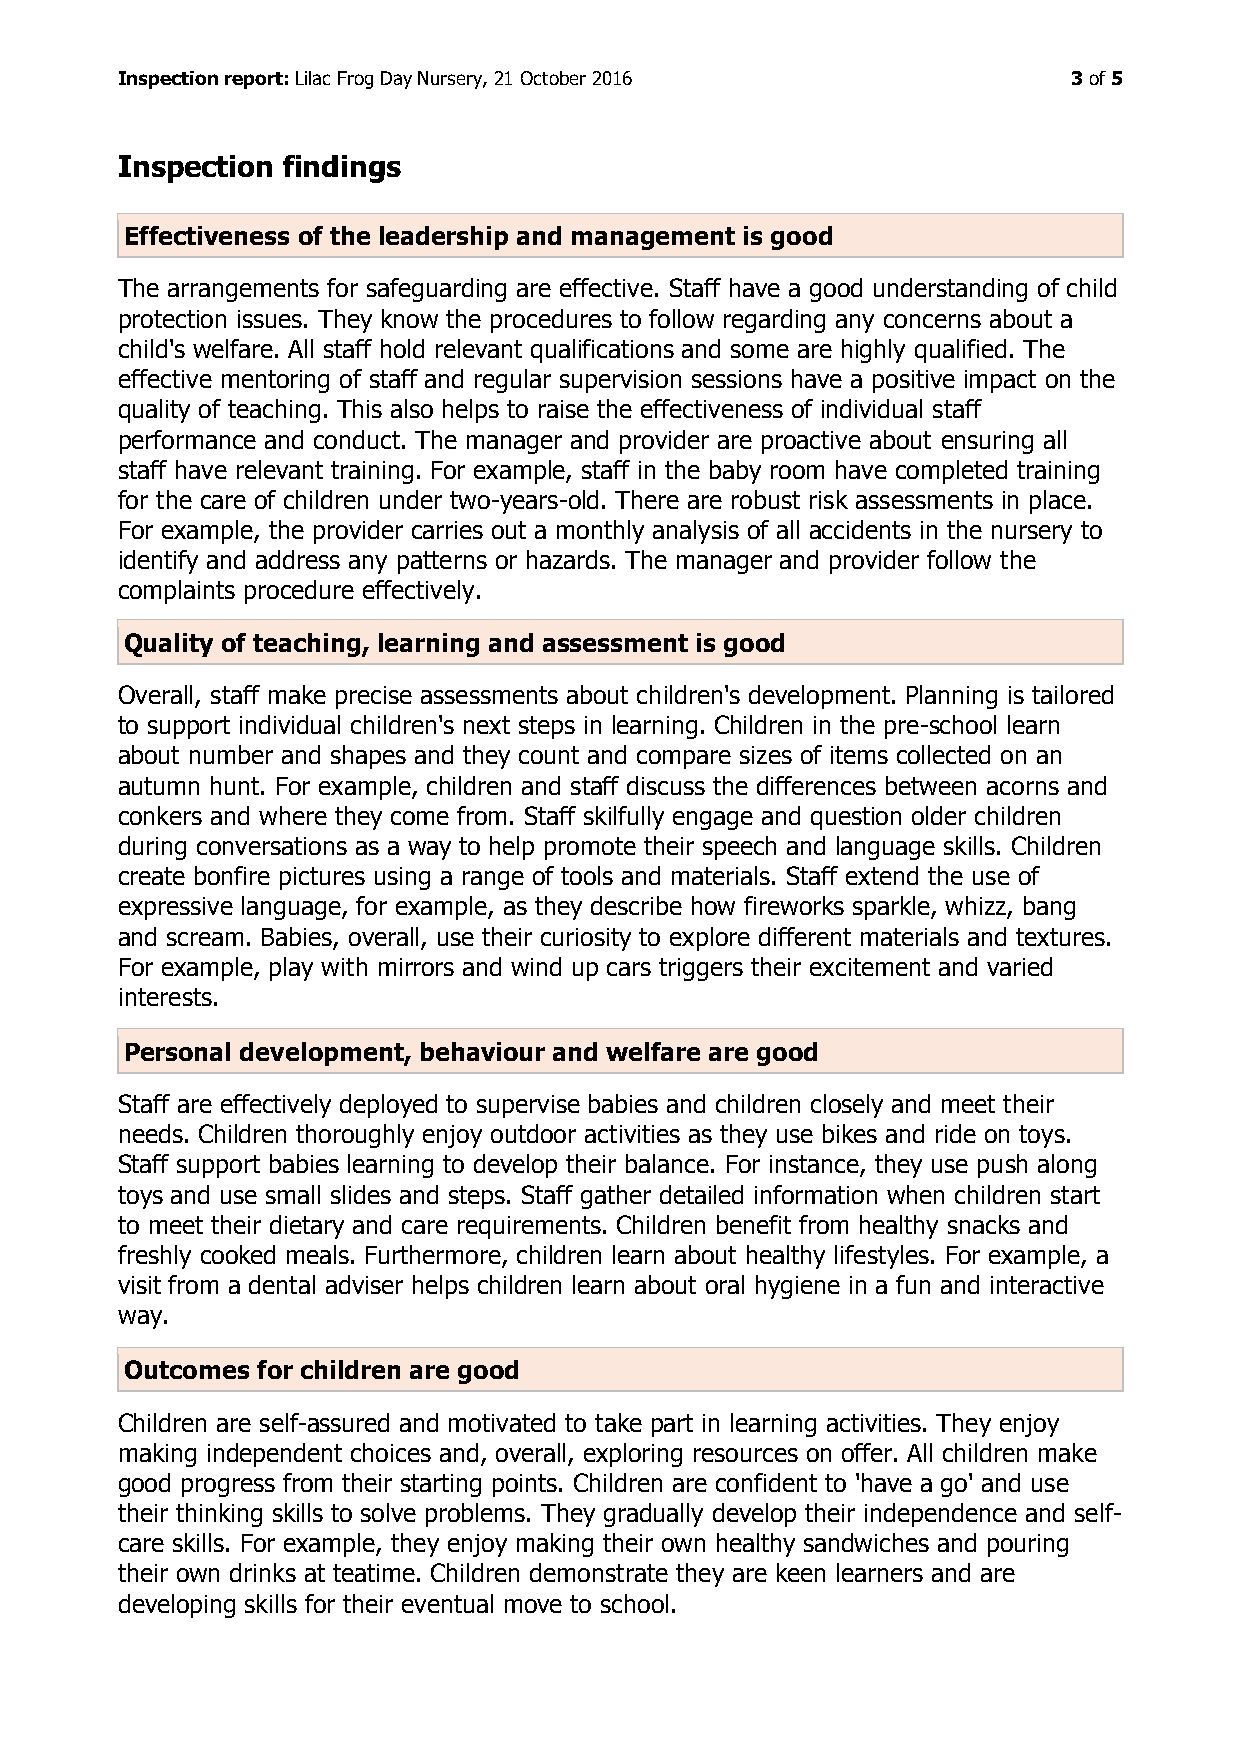
Inspection report: Lilac Frog Day Nursery, 21 October 2016     3 of 5
 Inspection findings
 Effectiveness of the leadership and management is good
 The arrangements for safeguarding are effective. Staff have a good understanding of child
 protection issues. They know the procedures to follow regarding any concerns about a
 child's welfare. All staff hold relevant qualifications and some are highly qualified. The
 effective mentoring of staff and regular supervision sessions have a positive impact on the
 quality of teaching. This also helps to raise the effectiveness of individual staff
 performance and conduct. The manager and provider are proactive about ensuring all
 staff have relevant training. For example, staff in the baby room have completed training
 for the care of children under two-years-old. There are robust risk assessments in place.
 For example, the provider carries out a monthly analysis of all accidents in the nursery to
 identify and address any patterns or hazards. The manager and provider follow the
 complaints procedure effectively.
 Quality of teaching, learning and assessment is good
 Overall, staff make precise assessments about children's development. Planning is tailored
 to support individual children's next steps in learning. Children in the pre-school learn
 about number and shapes and they count and compare sizes of items collected on an
 autumn hunt. For example, children and staff discuss the differences between acorns and
 conkers and where they come from. Staff skilfully engage and question older children
 during conversations as a way to help promote their speech and language skills. Children
 create bonfire pictures using a range of tools and materials. Staff extend the use of
 expressive language, for example, as they describe how fireworks sparkle, whizz, bang
 and scream. Babies, overall, use their curiosity to explore different materials and textures.
 For example, play with mirrors and wind up cars triggers their excitement and varied
 interests.
 Personal development, behaviour and welfare are good
 Staff are effectively deployed to supervise babies and children closely and meet their
 needs. Children thoroughly enjoy outdoor activities as they use bikes and ride on toys.
 Staff support babies learning to develop their balance. For instance, they use push along
 toys and use small slides and steps. Staff gather detailed information when children start
 to meet their dietary and care requirements. Children benefit from healthy snacks and
 freshly cooked meals. Furthermore, children learn about healthy lifestyles. For example, a
 visit from a dental adviser helps children learn about oral hygiene in a fun and interactive
 way.
 Outcomes for children are good
 Children are self-assured and motivated to take part in learning activities. They enjoy
 making independent choices and, overall, exploring resources on offer. All children make
 good progress from their starting points. Children are confident to 'have a go' and use
 their thinking skills to solve problems. They gradually develop their independence and self-
 care skills. For example, they enjoy making their own healthy sandwiches and pouring
 their own drinks at teatime. Children demonstrate they are keen learners and are
 developing skills for their eventual move to school.